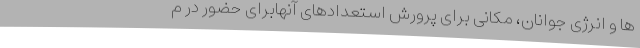
ها و انرژی جوانان، مکانی برای پرورش استعدادهای آنهابرای حضور در م